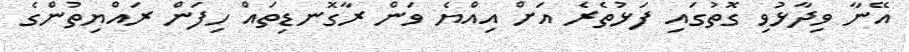
އޭނާ ވިދާޅުވި ގޮތުގައި ފަޅުތެރެ އަށް އިއްޔެ ވަން ރާގޮނޑިތައް ހިފަން ރައްޔިތުންގެ